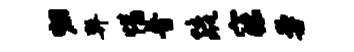
归弊惜普疏寐曼